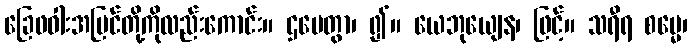
ခြေဖဝါးအပြင်တို့ကိုလည်းကောင်း။ ဌပေတွာ၊ ၍။ ယေဘုယျေန၊ ဖြင့်။ သရီရ စမ္မေ၊